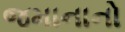
જમાનાનો